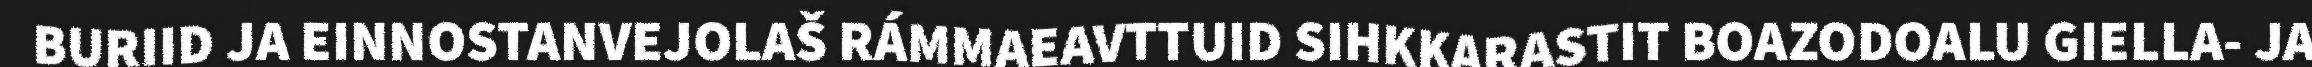
BURIID JA EINNOSTANVEJOLAŠ RÁMMAEAVTTUID SIHKKARASTIT BOAZODOALU GIELLA- JA